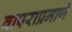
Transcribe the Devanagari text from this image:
वापराप्रमाणे